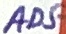
Text: AD5